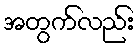
အတွက်လည်း